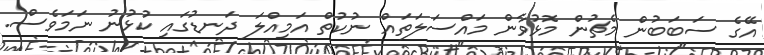
އޭގެ ސަބަބުން މެޗުން މޮޅުވާން މައްސަލަތައް ނުކުތް އަމިއްލަ ދަނޑުގައި ކުޅުނު ނަމަވެސް.